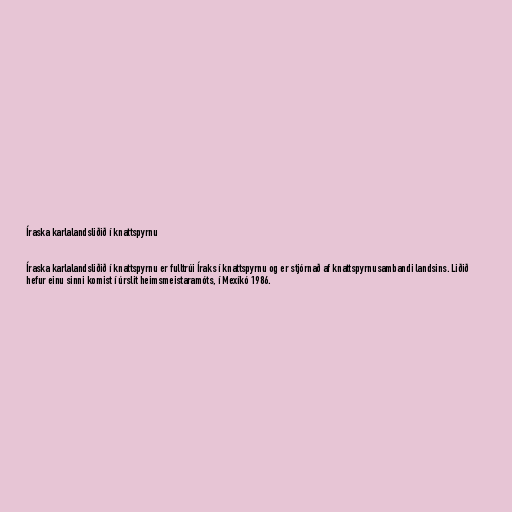
Íraska karlalandsliðið í knattspyrnu

Íraska karlalandsliðið í knattspyrnu er fulltrúi Íraks í knattspyrnu og er stjórnað af knattspyrnusambandi landsins. Liðið
hefur einu sinni komist í úrslit heimsmeistaramóts, í Mexíkó 1986.